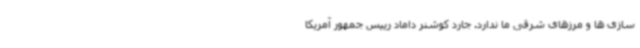
سازی ها و مرزهای شرقی ما ندارد. جارد کوشنر داماد رییس جمهور آمریکا